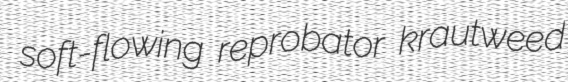
soft-flowing reprobator krautweed